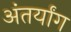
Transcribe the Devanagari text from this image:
अंतर्यांग